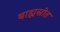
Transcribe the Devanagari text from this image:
बाह्यस्रोत